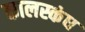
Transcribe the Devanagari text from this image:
कालस्कंध